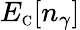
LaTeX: E_{\scriptscriptstyle\mathrm{C}}[n_{\gamma}]